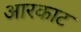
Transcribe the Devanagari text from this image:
आरकाट